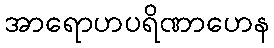
အာရောဟပရိဏာဟေန